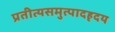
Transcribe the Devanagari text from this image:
प्रतीत्यसमुत्पादहृदय